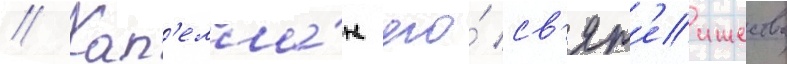
// Кап'елла́н его́ св'ят'еишества